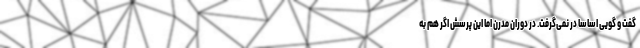
گفت و گویی اساسا در نمی‌گرفت. در دوران مدرن اما این پرسش اگر هم به